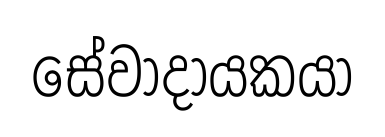
සේවාදායකයා